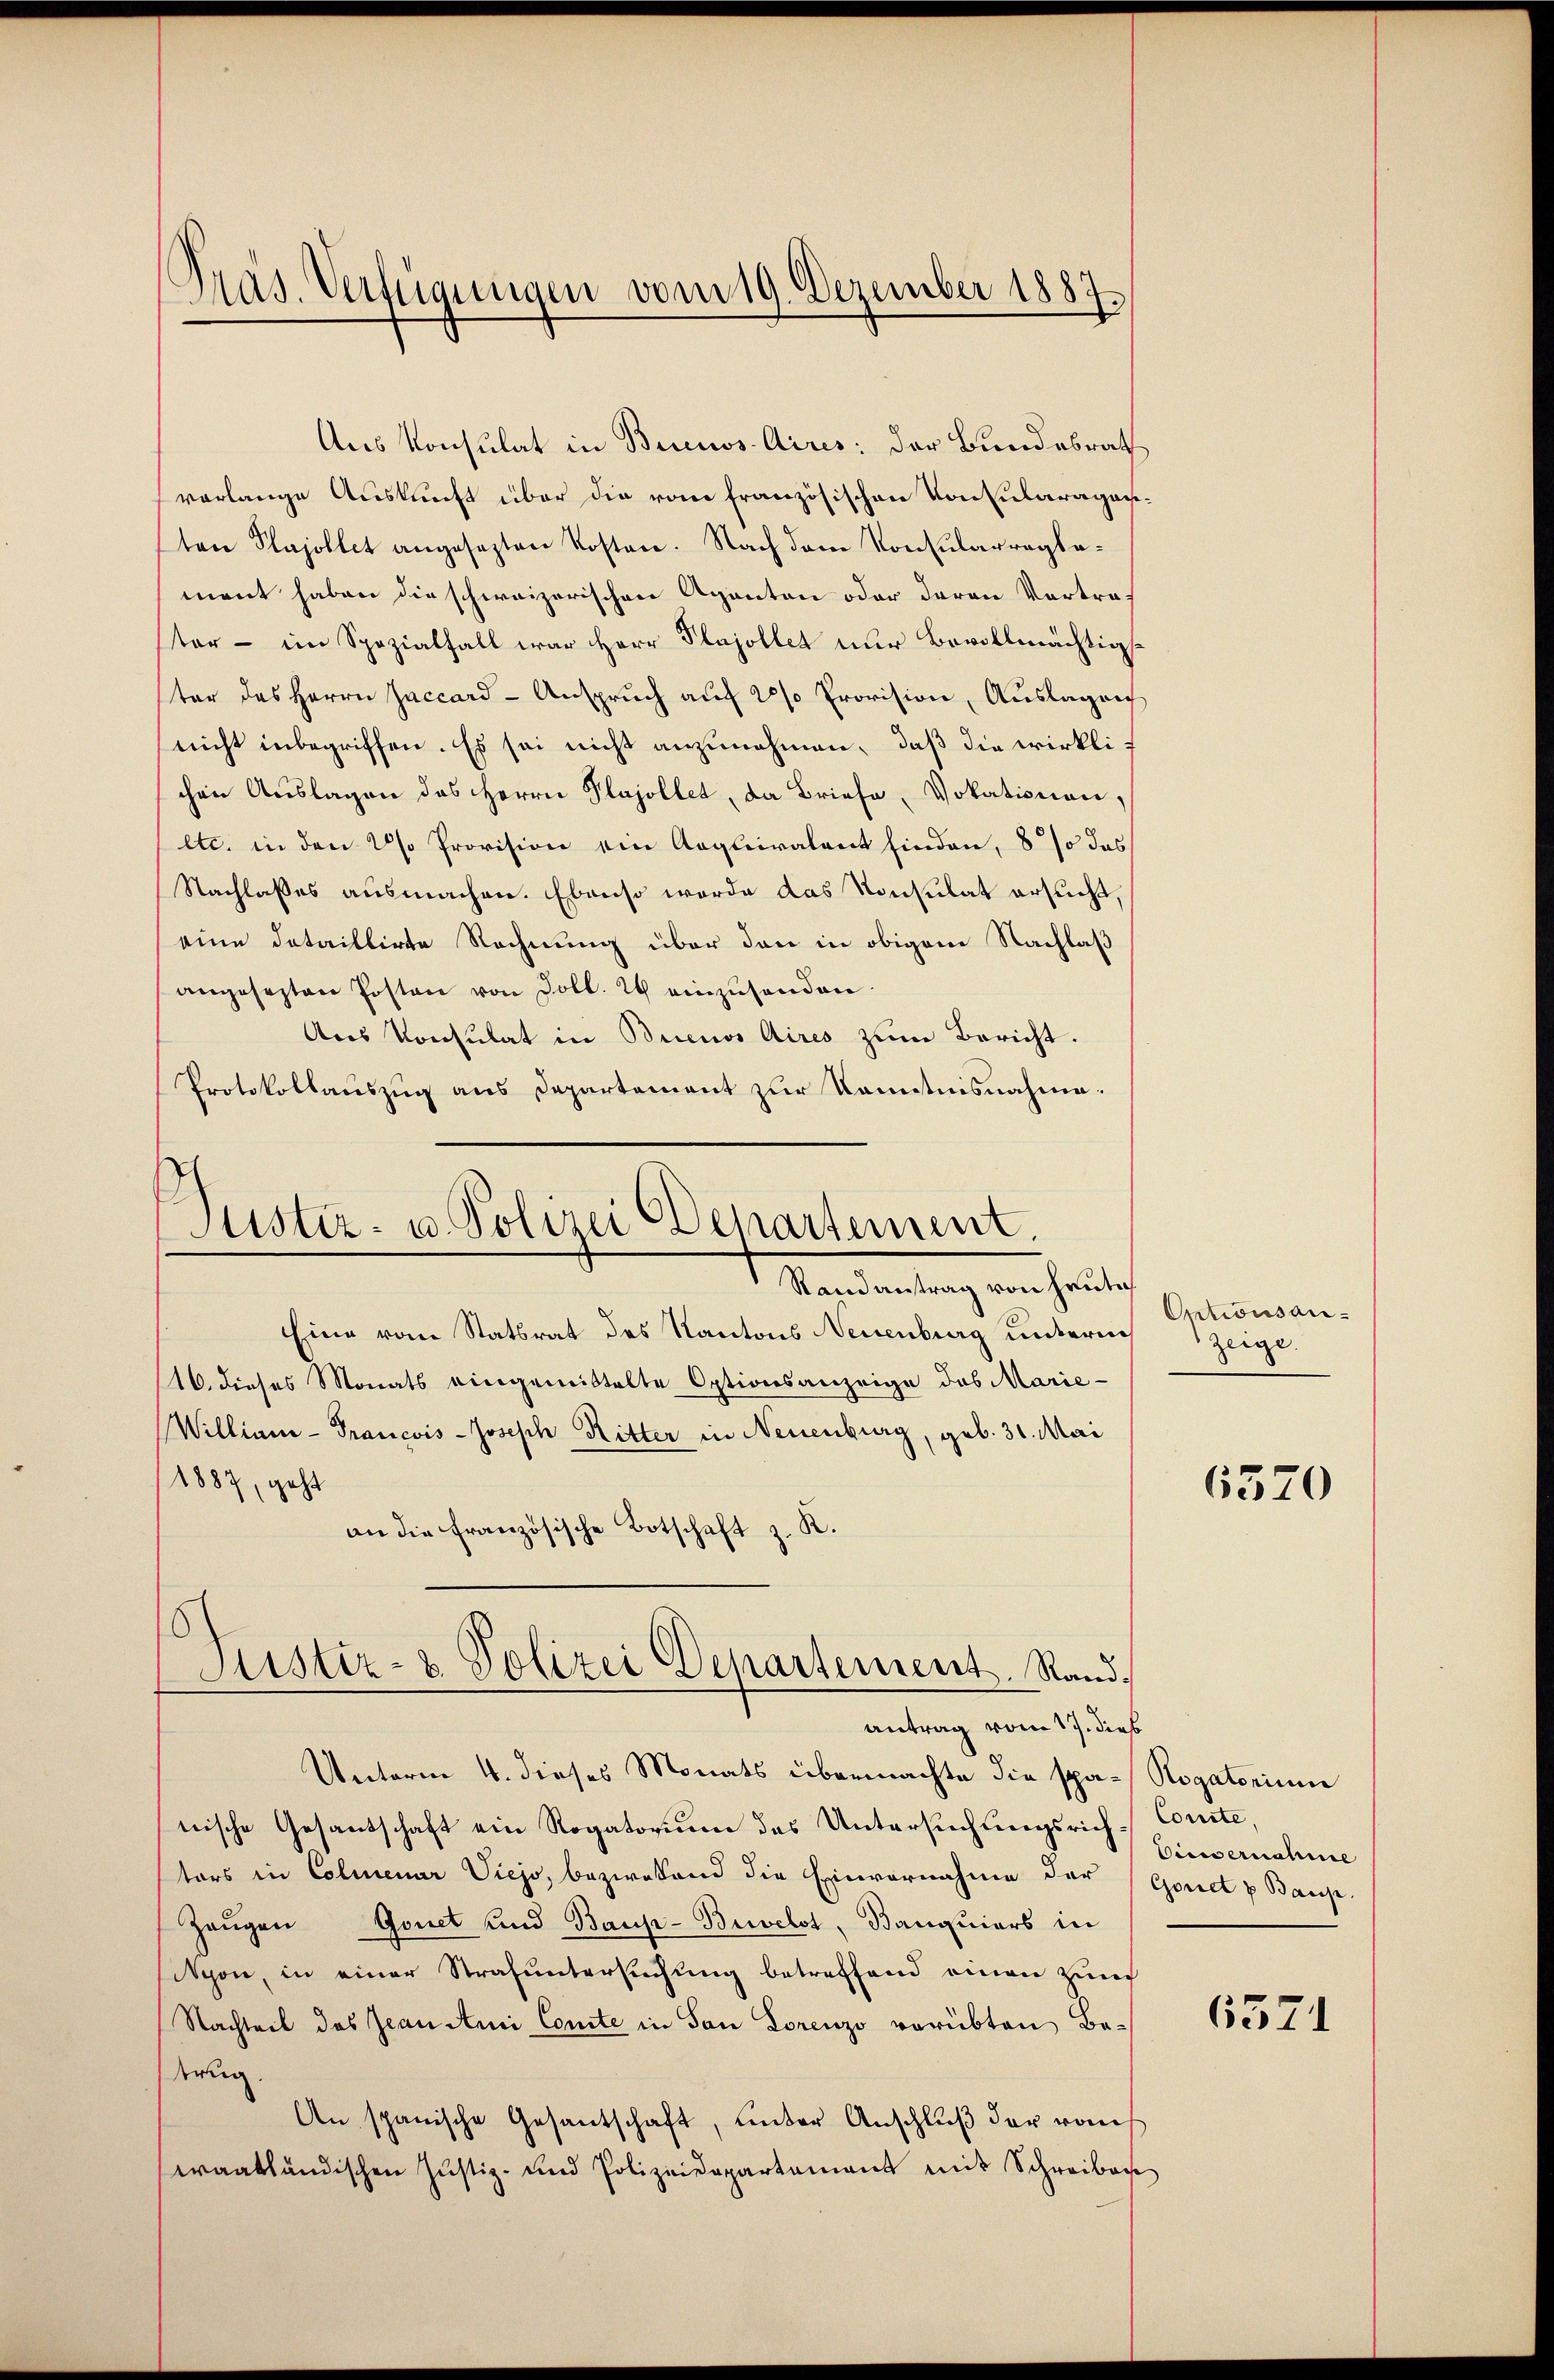
Präs. Verfügungen vom 19. Dezember 1887.

Justiz- u. Polizei Departement.
Randantrag von heutig

Justiz- & Polizei Departement. Rand¬

Aus Konsulat in Buenos Aires; der Bundesrath
verlange Auskunft über die vom französischen Konsularaganten Plajollet angesezten Kosten. Nach dem Konsularreglement haben die schweizerischen Agenten oder daran Vortrater - im Spezialfall war Herr Plajollet nur Bovollmächtigster des Herrn Jaccard-Anspruch auf 20 % Provision, Auslagen
nicht inbegriffen. Es sei nicht anzunehmen, daß die wirklichen Auslagen des Herrn Plajollet, da Briefe, Vokationen,
etc. in den ds Provision ein Requivalent finden, 8 % das
Nachlasses ausmachen. Ebenso werde das Konsulat ersucht.
eine dataillirte Rechnung über den in obigem Nachlaß
angesezten Posten von soll. 2 einzŭsenden.
Aus Konsulat in Buenos Aires zum Bericht.
Protokollauszug aus Departement zur Kenntnisnahme.

Eine vom Statsrat des Kantons Neuenburg unterrich zeige.
16. dieses Monats eingemittelte Optionsanzeige das Marie-
Williani - Francois-Joseph Ritter in Neuenburg, geb. 31. Mai
1887, geht
an die französische Botschaft z. K.
antrag vom 17. dieß
Unterm 4. dieses Monats übermachte die spa-Rogatorium
nische Gesandschaft ein Rogatorium des Untersuchungsrichtors in Colmenar Viejo, bezwesend die Einvernahme der (Gonet u Baup
Zeugen Gonet und Baup-Buelot, Banquiers in
tyon, in einer Strafuntersuchung betreffend einen Zunf
Nachteil des Jean Anii Conte in San Lorenzo verübten Betrug.
An spanische Gesantschaft, unter Anschlŭβ der von
waatländischen Justiz- und Polizeidepartement mit Schreiben

Optionsan

6570

Comite,
Eiernahme

6371